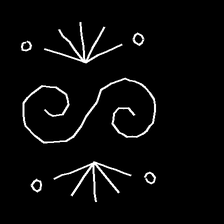
Glyph: aeroform